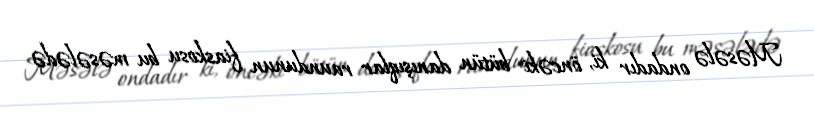
Məsələ ondadır ki, öncəki bütün danışıqlar raundunun fiaskosu bu məsələdə